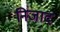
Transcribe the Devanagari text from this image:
निजाद